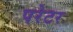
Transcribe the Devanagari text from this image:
परेटर